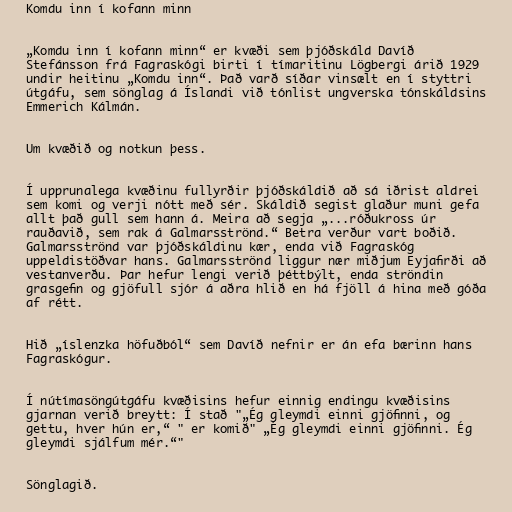
Komdu inn í kofann minn

„Komdu inn í kofann minn“ er kvæði sem þjóðskáld Davíð
Stefánsson frá Fagraskógi birti í tímaritinu Lögbergi árið 1929
undir heitinu „Komdu inn“. Það varð síðar vinsælt en í styttri
útgáfu, sem sönglag á Íslandi við tónlist ungverska tónskáldsins
Emmerich Kálmán.

Um kvæðið og notkun þess.

Í upprunalega kvæðinu fullyrðir þjóðskáldið að sá iðrist aldrei
sem komi og verji nótt með sér. Skáldið segist glaður muni gefa
allt það gull sem hann á. Meira að segja „...róðukross úr
rauðavið, sem rak á Galmarsströnd.“ Betra verður vart boðið.
Galmarsströnd var þjóðskáldinu kær, enda við Fagraskóg
uppeldistöðvar hans. Galmarsströnd liggur nær miðjum Eyjafirði að
vestanverðu. Þar hefur lengi verið þéttbýlt, enda ströndin
grasgefin og gjöfull sjór á aðra hlið en há fjöll á hina með góða
af rétt.

Hið „íslenzka höfuðból“ sem Davíð nefnir er án efa bærinn hans
Fagraskógur.

Í nútímasöngútgáfu kvæðisins hefur einnig endingu kvæðisins
gjarnan verið breytt: Í stað "„Ég gleymdi einni gjöfinni, og
gettu, hver hún er,“ " er komið" „Ég gleymdi einni gjöfinni. Ég
gleymdi sjálfum mér.“"

Sönglagið.